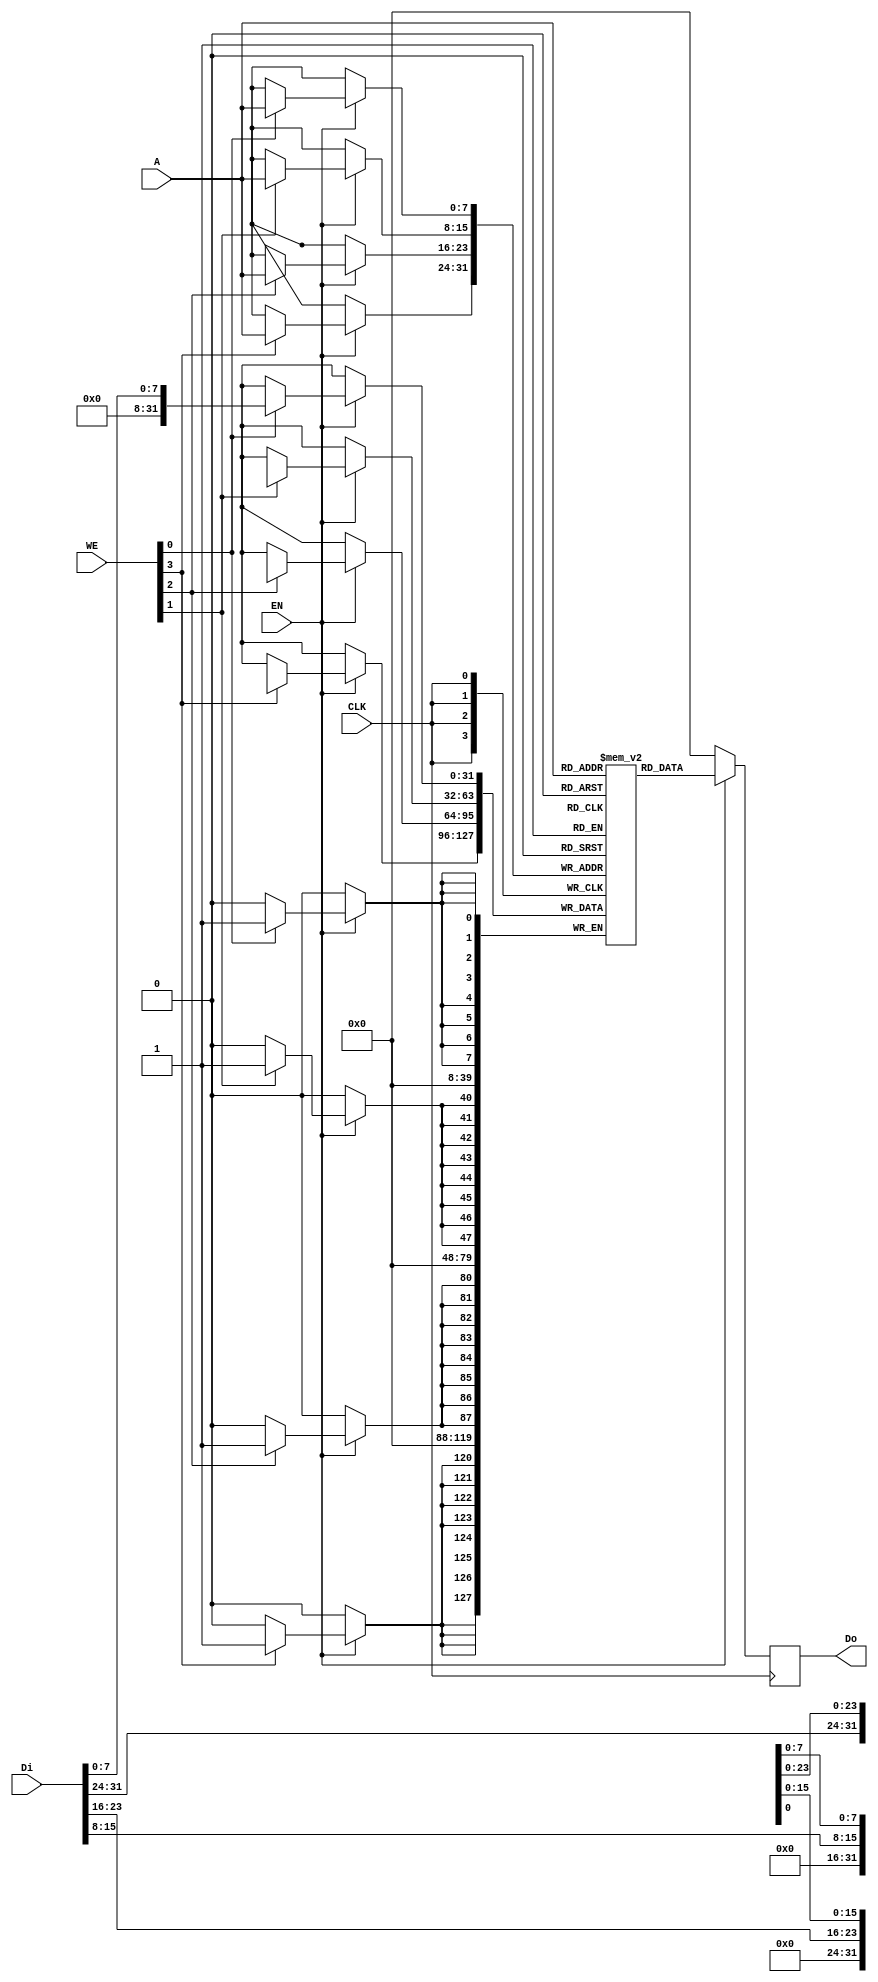
module DFFRAM_beh #( parameter COLS=1)
(
    CLK,
    WE,
    EN,
    Di,
    Do,
    A
);
    localparam A_WIDTH = 8+$clog2(COLS);

    input   wire            CLK;
    input   wire    [3:0]   WE;
    input   wire            EN;
    input   wire    [31:0]  Di;
    output  reg     [31:0]  Do;
    input   wire    [(A_WIDTH - 1): 0]   A;

    reg [31:0] RAM[(256*COLS)-1 : 0];
    
    always @(posedge CLK) 
        if(EN) begin
            Do <= RAM[A];
            if(WE[0]) RAM[A][ 7: 0] <= Di[7:0];
            if(WE[1]) RAM[A][15:8] <= Di[15:8];
            if(WE[2]) RAM[A][23:16] <= Di[23:16];
            if(WE[3]) RAM[A][31:24] <= Di[31:24];
        end 
        else
            Do <= 32'b0;
            
endmodule